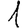
Digit: 1